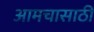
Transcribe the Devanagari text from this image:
आमचासाठी